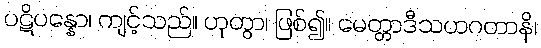
ပဋိပန္နော၊ ကျင့်သည်။ ဟုတွာ၊ ဖြစ်၍။ မေတ္တာဒီသဟဂတာနိ၊